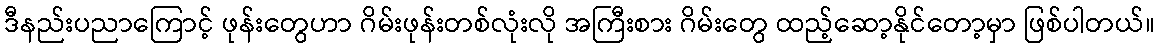
ဒီနည်းပညာကြောင့် ဖုန်းတွေဟာ ဂိမ်းဖုန်းတစ်လုံးလို အကြီးစား ဂိမ်းတွေ ထည့်ဆော့နိုင်တော့မှာ ဖြစ်ပါတယ်။